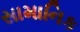
સામાનિક